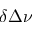
\delta \Delta \nu